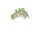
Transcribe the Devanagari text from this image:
थोरेनियम